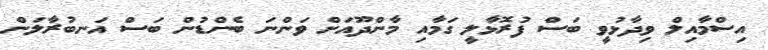
އިސްމާއިލް ވިދާޅުވީ ބަސް ފުރޮޅާލީ ގަމާއި މާންދޫއަށް ވަންނަ ބެންޑުން ބަސް އަނބުރާލަން